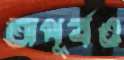
অপূর্বও